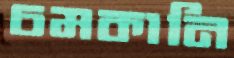
চমকানি